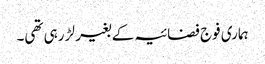
ہماری فوج فضائیہ کے بغیر لڑ رہی تھی۔